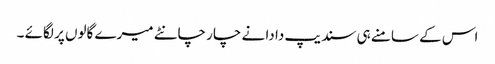
اس کے سامنے ہی سندیپ دا دا نے چار چانٹے میرے گالوں پر لگائے ۔